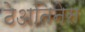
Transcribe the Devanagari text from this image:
ठेअतिनेस